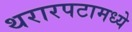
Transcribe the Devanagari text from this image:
थरारपटामध्ये